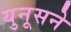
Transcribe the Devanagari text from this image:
युनूसने